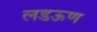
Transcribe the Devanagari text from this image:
लडऊण